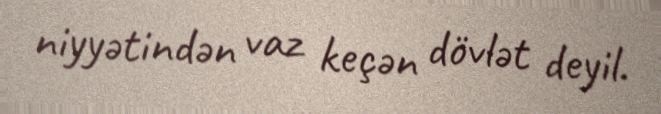
niyyətindən vaz keçən dövlət deyil.